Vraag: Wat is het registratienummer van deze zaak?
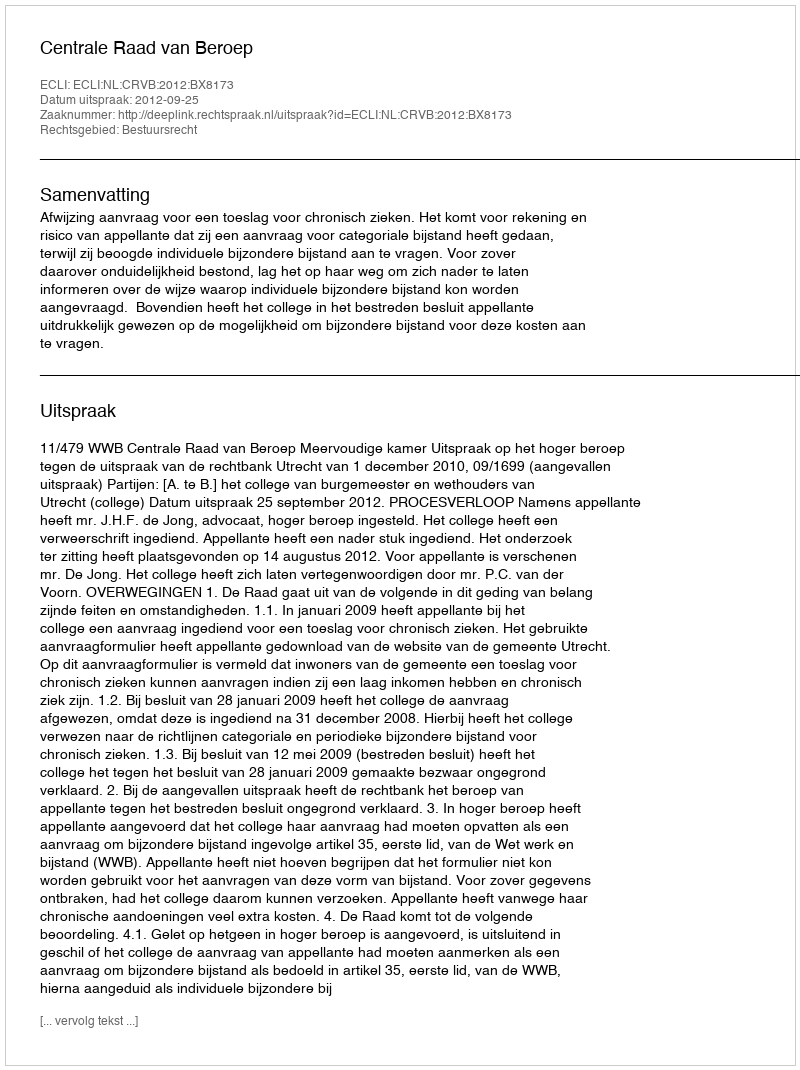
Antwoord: http://deeplink.rechtspraak.nl/uitspraak?id=ECLI:NL:CRVB:2012:BX8173